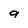
Character: 9